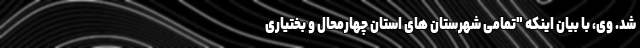
شد. وی، با بیان اینکه "تمامی شهرستان های استان چهارمحال و بختیاری